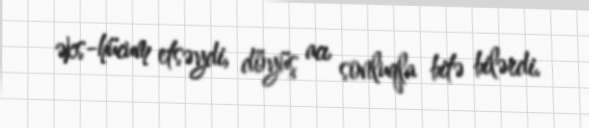
əks-hücum etsəydi, döyüş acı sonluqla bitə bilərdi.